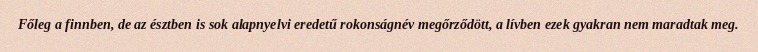
Főleg a finnben, de az észtben is sok alapnyelvi eredetű rokonságnév megőrződött, a lívben ezek gyakran nem maradtak meg.